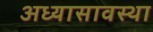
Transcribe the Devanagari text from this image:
अध्यासावस्था